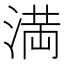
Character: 満